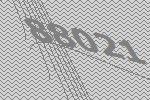
88021